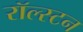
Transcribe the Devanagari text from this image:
रॉल्स्टन